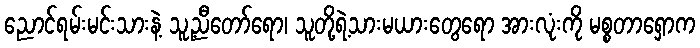
ညောင်ရမ်းမင်းသားနဲ့ သူ့ညီတော်ရော၊ သူတို့ရဲ့သားမယားတွေရော အားလုံးကို မစ္စတာရှောက